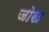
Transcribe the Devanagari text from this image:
जोख